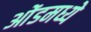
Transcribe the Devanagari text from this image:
ओंडमध्ये